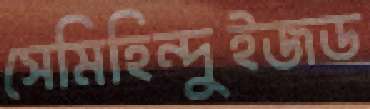
সেমিহিন্দুইজড